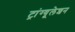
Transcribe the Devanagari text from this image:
ट्रांग्यूलेशन